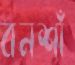
বনশাঁ